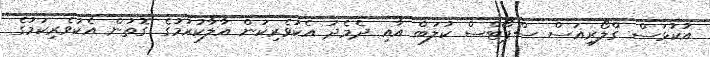
އުކުޅަސް ގްލޯރިއަސް ސްޕޯޓްސް ކުލަބް އާއި ދެމެދު އެކުވެރިކަން އާލާކުރުމުގެ ގޮތުން އެކުވެރިކަމުގެ